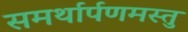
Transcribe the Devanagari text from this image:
समर्थार्पणमस्तु